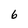
Character: 6